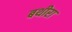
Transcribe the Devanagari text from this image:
बथीरा